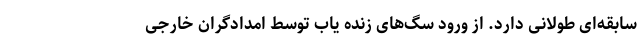
سابقه‌ای طولانی دارد. از ورود سگ‌های زنده یاب توسط امدادگران خارجی